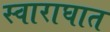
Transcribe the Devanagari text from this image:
स्वाराघात